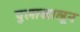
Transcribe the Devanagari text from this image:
पुलाखालून